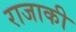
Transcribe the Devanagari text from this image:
राजाकी